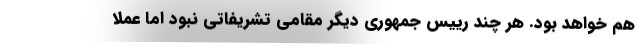
هم خواهد بود. هر چند رییس جمهوری دیگر مقامی تشریفاتی نبود اما عملا